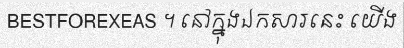
BESTFOREXEAS ។ នៅក្នុងឯកសារនេះ យើង